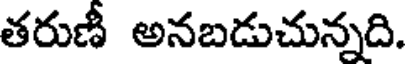
తరుణీ అనబడుచున్నది.